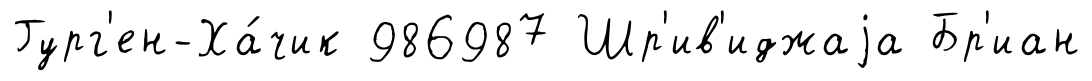
Гург'ен-Ха́чик 986987 Шр'ив'иджаjа Бр'иан